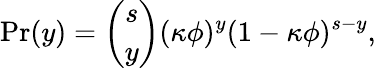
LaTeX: \mathrm{Pr}(y)=\binom{s}{y}(\kappa\phi)^{y}(1-\kappa\phi)^{s-y},